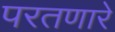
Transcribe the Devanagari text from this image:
परतणारे